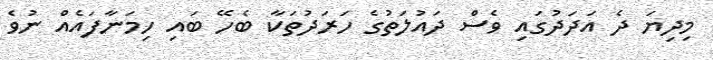
މިދިޔަ ދެ އަދަދުގައި ވެސް ދައުލަތުގެ ހަރަދުތަކާ ބެހޭ ބައި ހިމަނާފައެއް ނުވެ